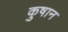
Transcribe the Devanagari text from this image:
कुषान